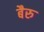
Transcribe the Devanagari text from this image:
बैरु